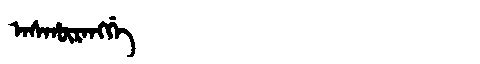
Manchu: ᠠᠰᡥᡡᡵᠠᠩᡤᡝ
Romanization: ASHŪRANGGE